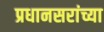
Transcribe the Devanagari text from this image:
प्रधानसरांच्या